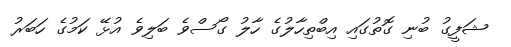
ޝަފީގު ބުނި ގޮތުގައި އިބްތިހާލުގެ ހާލު ގޯސްވެ ބަލިވެ އުޅޭ ކަމުގެ ހަބަރު